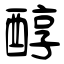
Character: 醇